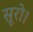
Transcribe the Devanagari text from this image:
सूरो।